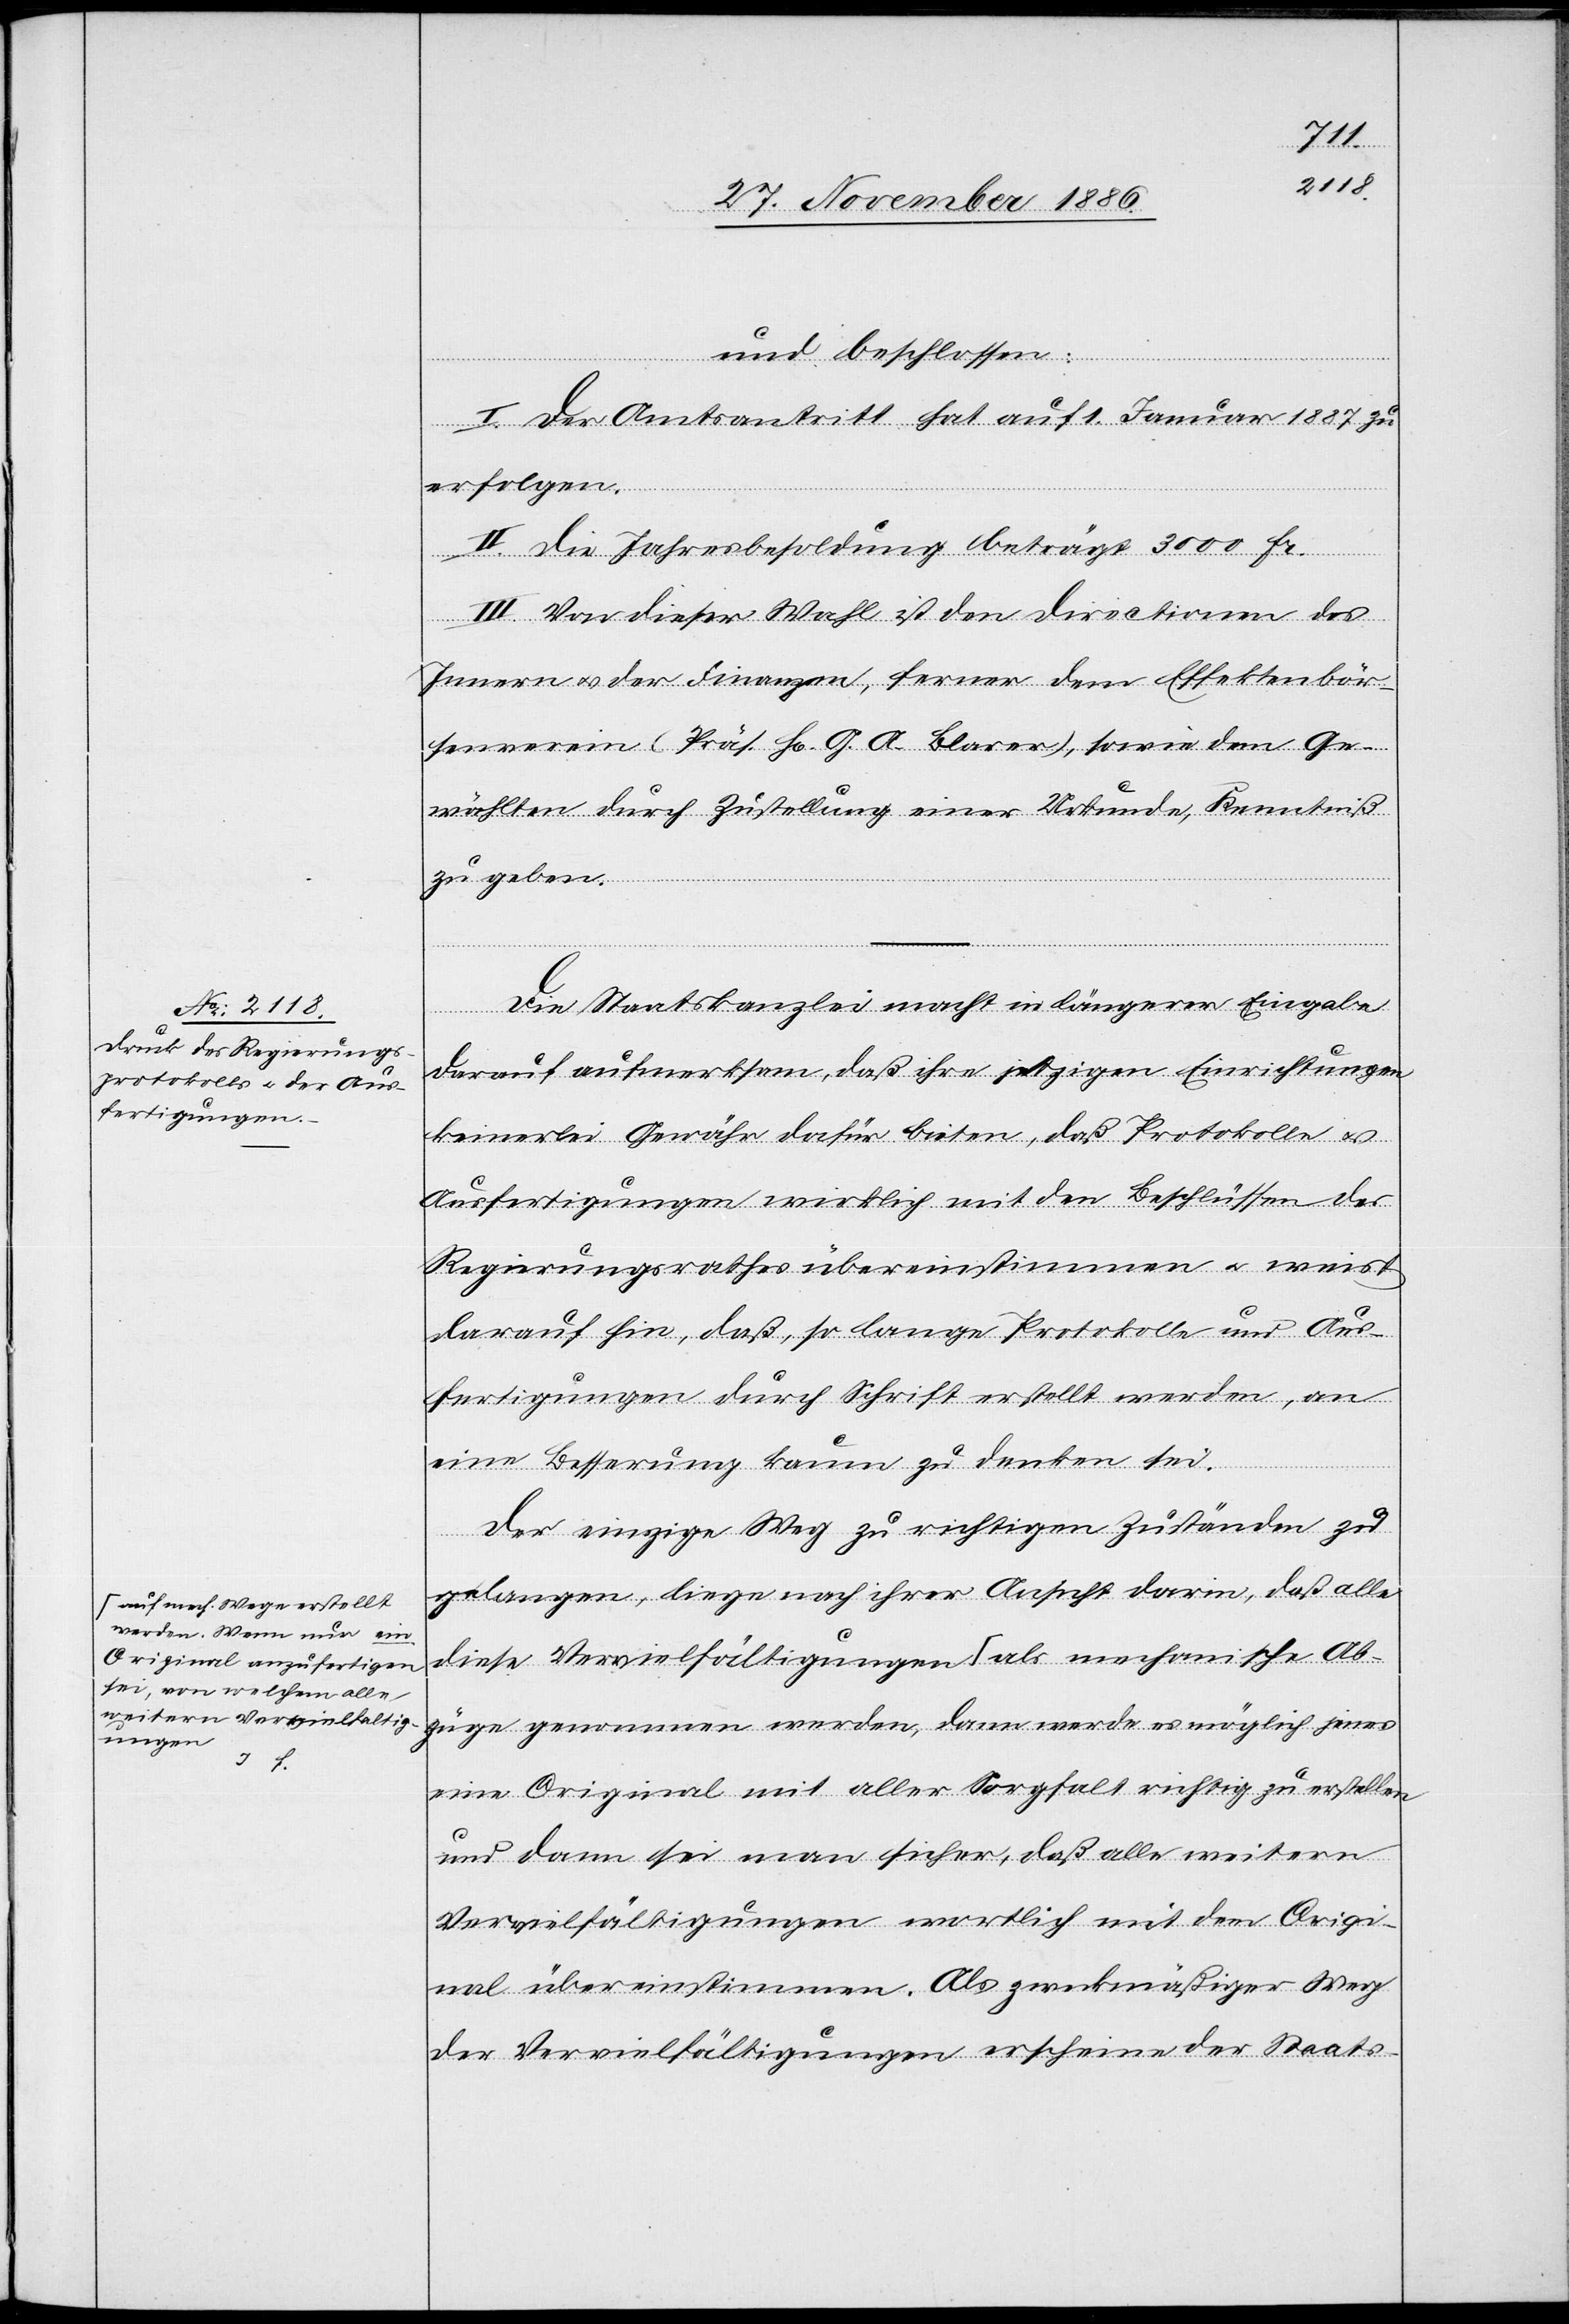
werden. Wenn nur ein
Original anzufertigen
sei, von welchem alle
weitern Vervielfaltig¬
ungen

und beschlossen:
I. Der Amtsantritt hat auf 1. Januar 1887 zu
erfolgen.
II. Die Jahresbesoldung beträgt 3000 Fr.
rstellt
III. Von dieser Wahl ist den Directionen des
Ab¬
Innern & der Finanzen, ferner dem Effektenbör¬
senverein (Präs. H. G. A. Blarer), sowie dem Ge¬
wählten durch Zustellung einer Urkunde Kenntniß
als
zu geben.
Die Staatskanzlei macht in längerer Eingabe
darauf aufmerksam, daß ihre jetzigen Einrichtungen
keinerlei Gewähr dafür bieten, daß Protokolle &
Ausfertigungen wirklich mit den Beschlüssen des
Regierungsrathes übereinstimmen & weist
darauf hin, daß, so lange Protokolle und Aus¬
fertigungen durch Schrift erstellt werden, an
eine Besserung kaum zu denken sei.
Der einzige Weg zu richtigen Zuständen zu
gelangen, liege nach ihrer Ansicht darin, daß alle
diese Vervielfältigungen a-auf mech. Wege e¬
züge genommen werden, dann werde es möglich jenes
eine Original mit aller Sorgfalt richtig zu erstellen
und dann sei man sicher, daß alle weitern
Vervielfältigungen wortlich [sic!] mit dem Origi¬
nal übereinstimmen. Als zweckmäßiger Weg
der Vervielfältigungen erscheine der Staats-